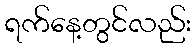
ရက်နေ့တွင်လည်း